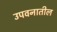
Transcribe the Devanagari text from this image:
उपवनातील